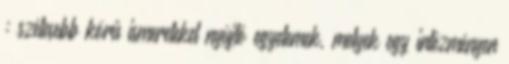
: szélesebb körű ismereteket nyújtó egyetemek, melyek egy intézményen